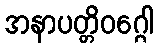
အနာပတ္တိဝဂ္ဂေါ